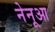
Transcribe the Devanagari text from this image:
नेनूआ